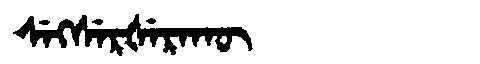
Manchu: ᠰᡝᡴᠰᡝᡵᡧᡝᡵᠠᡴᡡ
Romanization: SEKSERŠERAKŪ